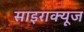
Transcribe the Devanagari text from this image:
साइराक्यूज